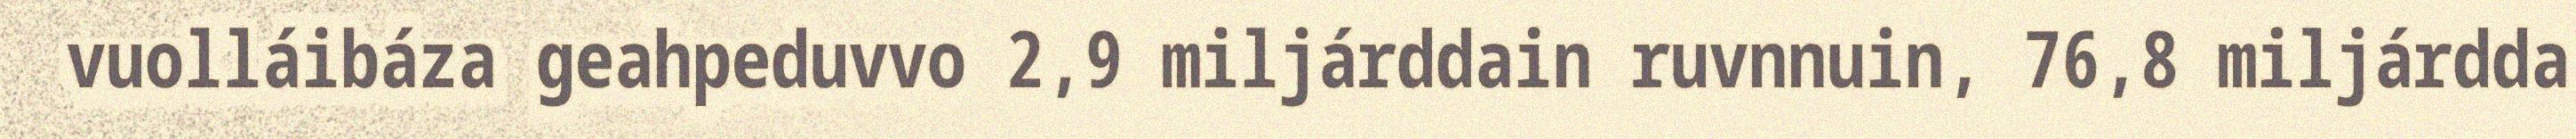
vuolláibáza geahpeduvvo 2,9 miljárddain ruvnnuin, 76,8 miljárdda